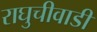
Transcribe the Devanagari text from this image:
राघुचीवाडी